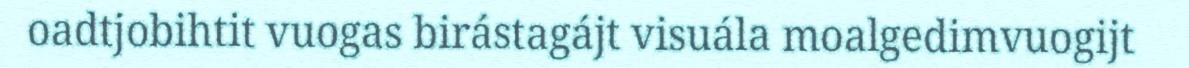
oadtjobihtit vuogas birástagájt visuála moalgedimvuogijt